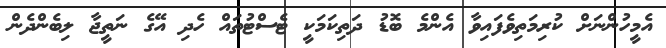
އެމީހުންނަށް ކުރިމަތިވެފައިވާ އެންމެ ބޮޑު ދަތިކަމަކީ ޓެސްޓުތައް ހެދި އޭގެ ނަތީޖާ ލިބެންދެން